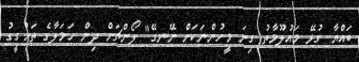
ބައްޔާ ގުޅޭ މައުލޫމާތު ގިނަ މީހުންނަކަށް ނޭނގޭ" ލޯންޗަށް ދިން ހަމަލާގެ ތަހުގީގު